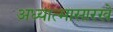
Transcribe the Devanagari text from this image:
अध्यात्मासारखे